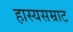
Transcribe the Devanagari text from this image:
हास्यसम्राट